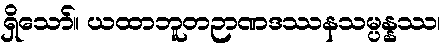
ရှိသော်။ ယထာဘူတဉာဏဒဿနသမ္ပန္နဿ၊